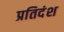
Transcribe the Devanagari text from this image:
प्रतिदंश